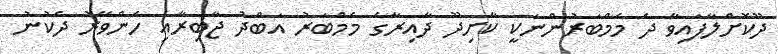
ދޫކޮށްލާފައިވާ ދެ މެމްބަރުންނަކީ ކާށިދޫ ދާއިރާގެ މެމްބަރު އަބްދު ޖާބިރާއި ހެންވޭރު ދެކުނު